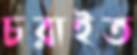
চরাইত